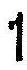
1